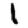
Digit: 1